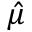
\hat { \mu }